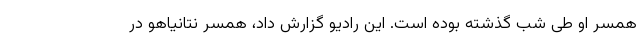
همسر او طی شب گذشته بوده است. این رادیو گزارش داد، همسر نتانیاهو در